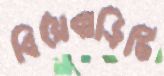
বিয়েবাড়িটি